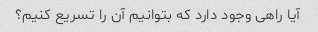
آیا راهی وجود دارد که بتوانیم آن را تسریع کنیم؟